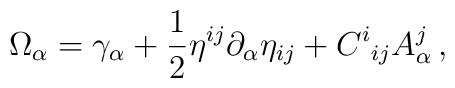
\Omega_{\alpha}=\gamma_{\alpha}+\frac{1}{2}\eta^{ij}\partial_{\alpha}\eta_{ij}+C^{i}{}_{ij}A^{j}_{\alpha}\,,